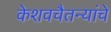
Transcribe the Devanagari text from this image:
केशवचैतन्यांचे